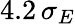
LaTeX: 4.2\, \sigma_{E}